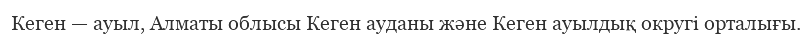
Кеген — ауыл, Алматы облысы Кеген ауданы және Кеген ауылдық округі орталығы.